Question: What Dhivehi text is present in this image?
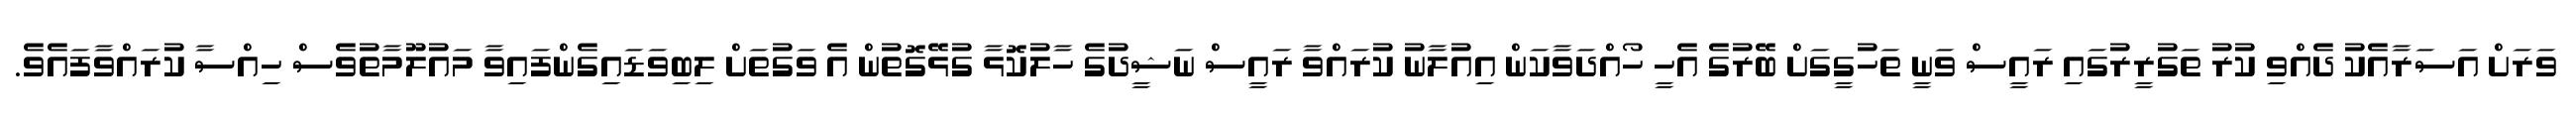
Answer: ވަރަށް އަސަރާއެކު ދެއްވި ކުރު ތަގުރީރުގައި ރައީސް ވަނީ ތަހުގީގަށް ބޭރުގެ އެހީ ހޯއްދަވާކަން އިއުލާނު ކުރައްވާ ރައީސް ނަޝީދުގެ ހާލުކޮޅާ ގުޅޭގޮތުން އެ ވަގުތަށް ލިބިވަޑައިގެންފައިވާ މައުލޫމާތުވެސް ހިއްސާ ކުރައްވާފައެވެ.